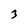
Character: 3